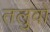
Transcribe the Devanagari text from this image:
तलुवों